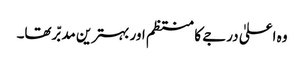
وہ اعلیٰ درجے کا منتظم اور بہترین مدبّر تھا۔